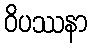
ဝိပဿနာ